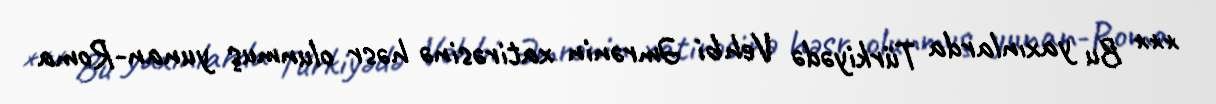
*** Bu yaxınlarda Türkiyədə Vehbi Əmrənin xatirəsinə həsr olunmuş yunan-Roma